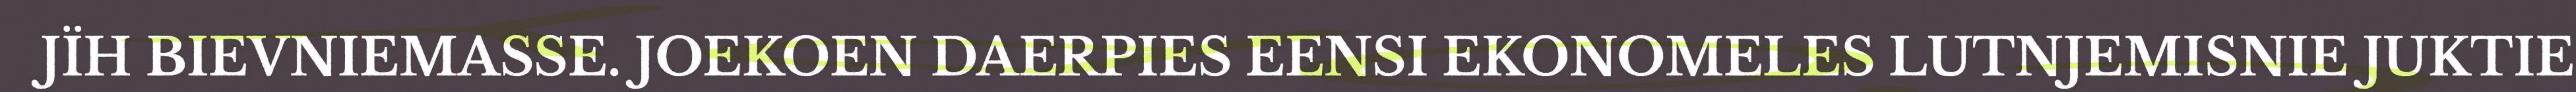
JÏH BIEVNIEMASSE. JOEKOEN DAERPIES EENSI EKONOMELES LUTNJEMISNIE JUKTIE